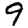
Digit: 9